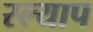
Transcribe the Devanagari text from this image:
स्ल्याप